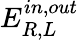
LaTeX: E_{R,L}^{in,out}